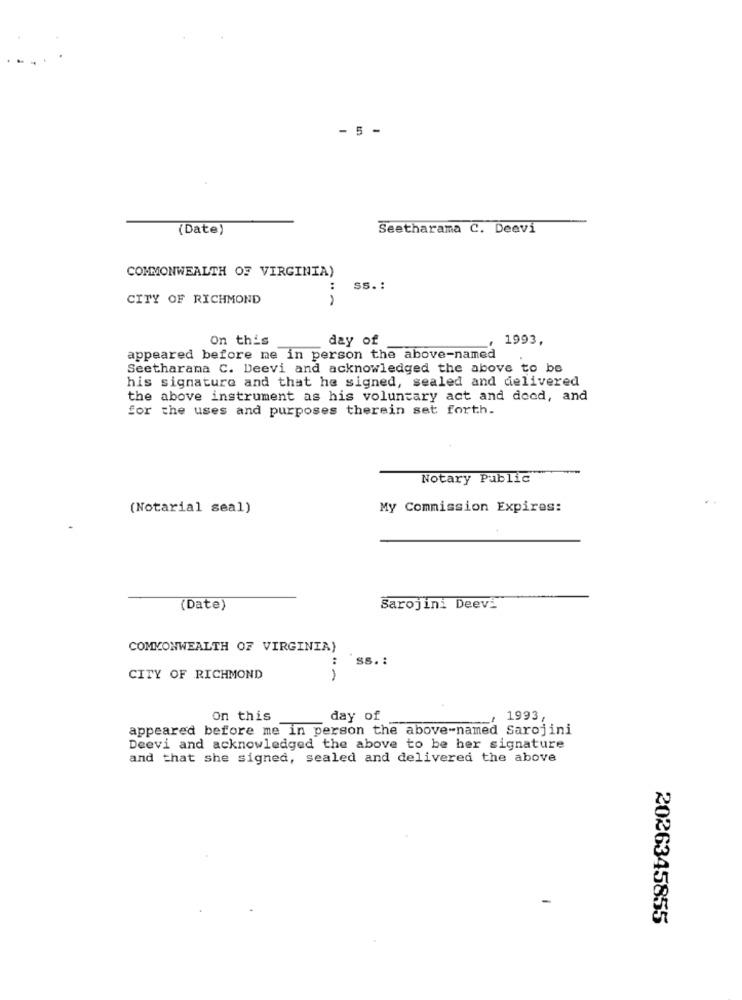
- 5 -
(Date)
Seetharama C. Deevi
COMMONWEALTH OF VIRGINIA)
:
SS. :
CITY OF RICHMOND
On this
day of
1993,
appeared before me in person the above-named
Seetharama C. Deevi and acknowledged the above to be
his signature and that he signed, sealed and delivered
the above instrument as his voluntary act and docd, and
for the uses and purposes therein set forth.
Notary Public
(Notarial seal)
My Commission Expires:
(Date)
Sarojini Deevi
COMMONWEALTH OF VIRGINIA)
:
ss. :
CITY OF RICHMOND
1
On this
day of
, 1993,
appeared before me in person the above-named Sarojini
Deevi and acknowledged the above to be her signature
and that she signed, sealed and delivered the above
2026345855